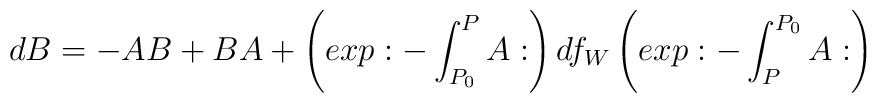
dB=-AB+BA+\left(exp:-\int_{P_0}^{P}A:\right)df_W\left(exp:-\int_{P}^{P_0}A:\right)